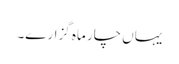
یہاں چار ماہ گزارے۔